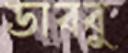
ডাব্বু